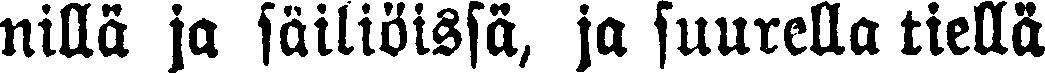
nilla ja säiliöissä, ja suurella tiellä